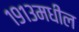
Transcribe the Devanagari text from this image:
१९१३मधील